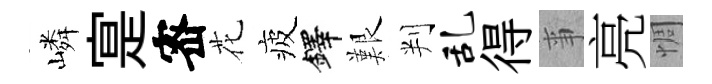
嶙寔宻花疲鐸艱判乱得亊亮惆